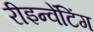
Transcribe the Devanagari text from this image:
रीइन्वेंटिंग